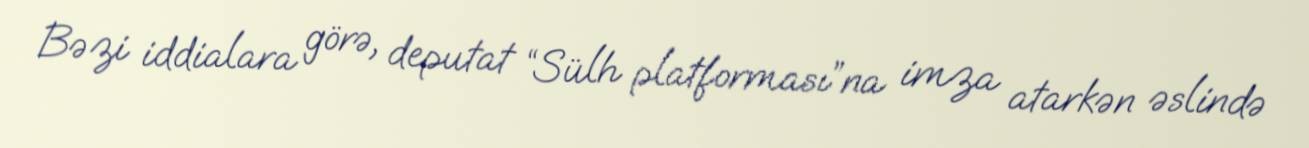
Bəzi iddialara görə, deputat “Sülh platforması”na imza atarkən əslində